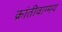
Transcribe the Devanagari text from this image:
क्रांतीवाग्मय